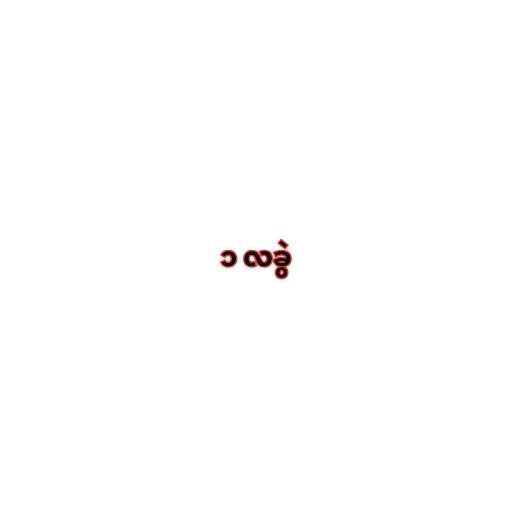
၁ လခွဲ